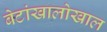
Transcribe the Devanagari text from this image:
बेटांखालोखाल